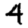
Digit: 4